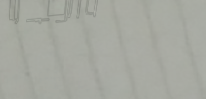
محل السعادة للأثاث المنزل